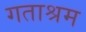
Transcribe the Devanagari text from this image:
गताश्रम